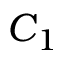
C _ { 1 }